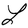
Character: L